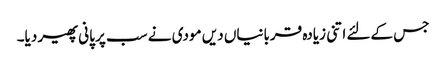
جس کےلئے اتنی زیادہ قربانیاں دیں مودی نے سب پر پانی پھیر دیا۔